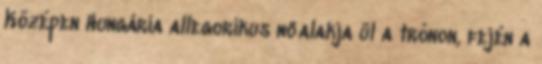
Középen Hungária allegorikus nőalakja ül a trónon, fején a